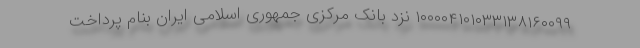
۱۰۰۰۰۴۱۰۱۰۳۳۱۳۸۱۶۰۰۹۹ نزد بانک مرکزی جمهوری اسلامی ایران بنام پرداخت